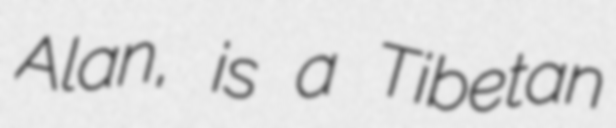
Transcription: Alan, is a Tibetan